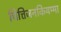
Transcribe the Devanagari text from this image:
चित्तिजनकियम्मा